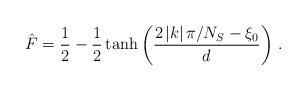
LaTeX: \begin{align*}\hat F = \frac{1}{2} -\frac{1}{2}\tanh\left(\frac{2 \, |k| \, \pi/N_S-\xi_0}{d}\right) \, .\end{align*}